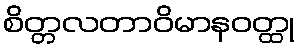
စိတ္တလတာဝိမာနဝတ္ထု